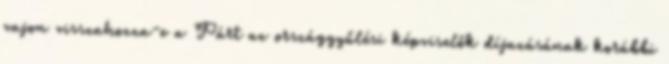
vajon visszahozza-e a Párt az országgyűlési képviselők díjazásának korábbi